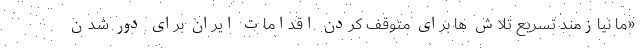
«ما نیازمند تسریع تلاش ها برای متوقف کردن اقدامات ایران برای دور شدن